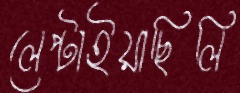
লেপ্‌টাইয়াছিলি